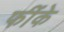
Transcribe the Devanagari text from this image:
फींके